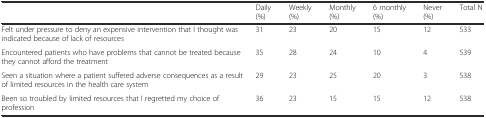
|  | Daily (%) | Weekly (%) | Monthly (%) | 6 monthly (%) | Never (%) | Total N |
 | --- | --- | --- | --- | --- | --- | --- |
 | Felt under pressure to deny an expensive intervention that I thought was indicated because of lack of resources | 31 | 23 | 20 | 15 | 12 | 533 |
 | Encountered patients who have problems that cannot be treated because they cannot afford the treatment | 35 | 28 | 24 | 10 | 4 | 539 |
 | Seen a situation where a patient suffered adverse consequences as a result of limited resources in the health care system | 29 | 23 | 25 | 20 | 3 | 538 |
 | Been so troubled by limited resources that I regretted my choice of profession | 36 | 23 | 15 | 15 | 12 | 538 |